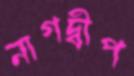
নাগদ্বীপ